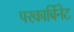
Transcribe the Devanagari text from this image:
परकार्बिनेट